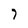
Character: 7